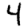
Digit: 4